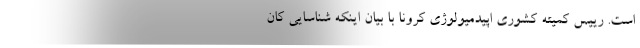
است. رییس کمیته کشوری اپیدمیولوژی کرونا با بیان اینکه شناسایی کان